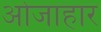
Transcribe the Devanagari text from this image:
ओजाहार